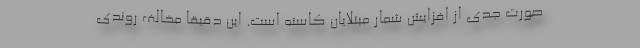
صورت جدی از افزایش شمار مبتلایان کاسته است. این دقیقا مخالف روندی